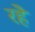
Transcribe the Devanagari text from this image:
रहेे